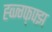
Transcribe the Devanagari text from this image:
ह्व्ज्ग्फ्फ्झ